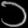
Digit: ၁